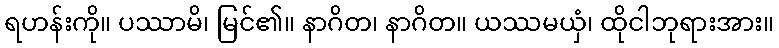
ရဟန်းကို။ ပဿာမိ၊ မြင်၏။ နာဂိတ၊ နာဂိတ။ ယဿမယှံ၊ ထိုငါဘုရားအား။